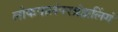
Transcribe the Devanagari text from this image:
लोकपालंपरब्रंह्मलिंगं